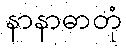
နာနာဓာတုံ